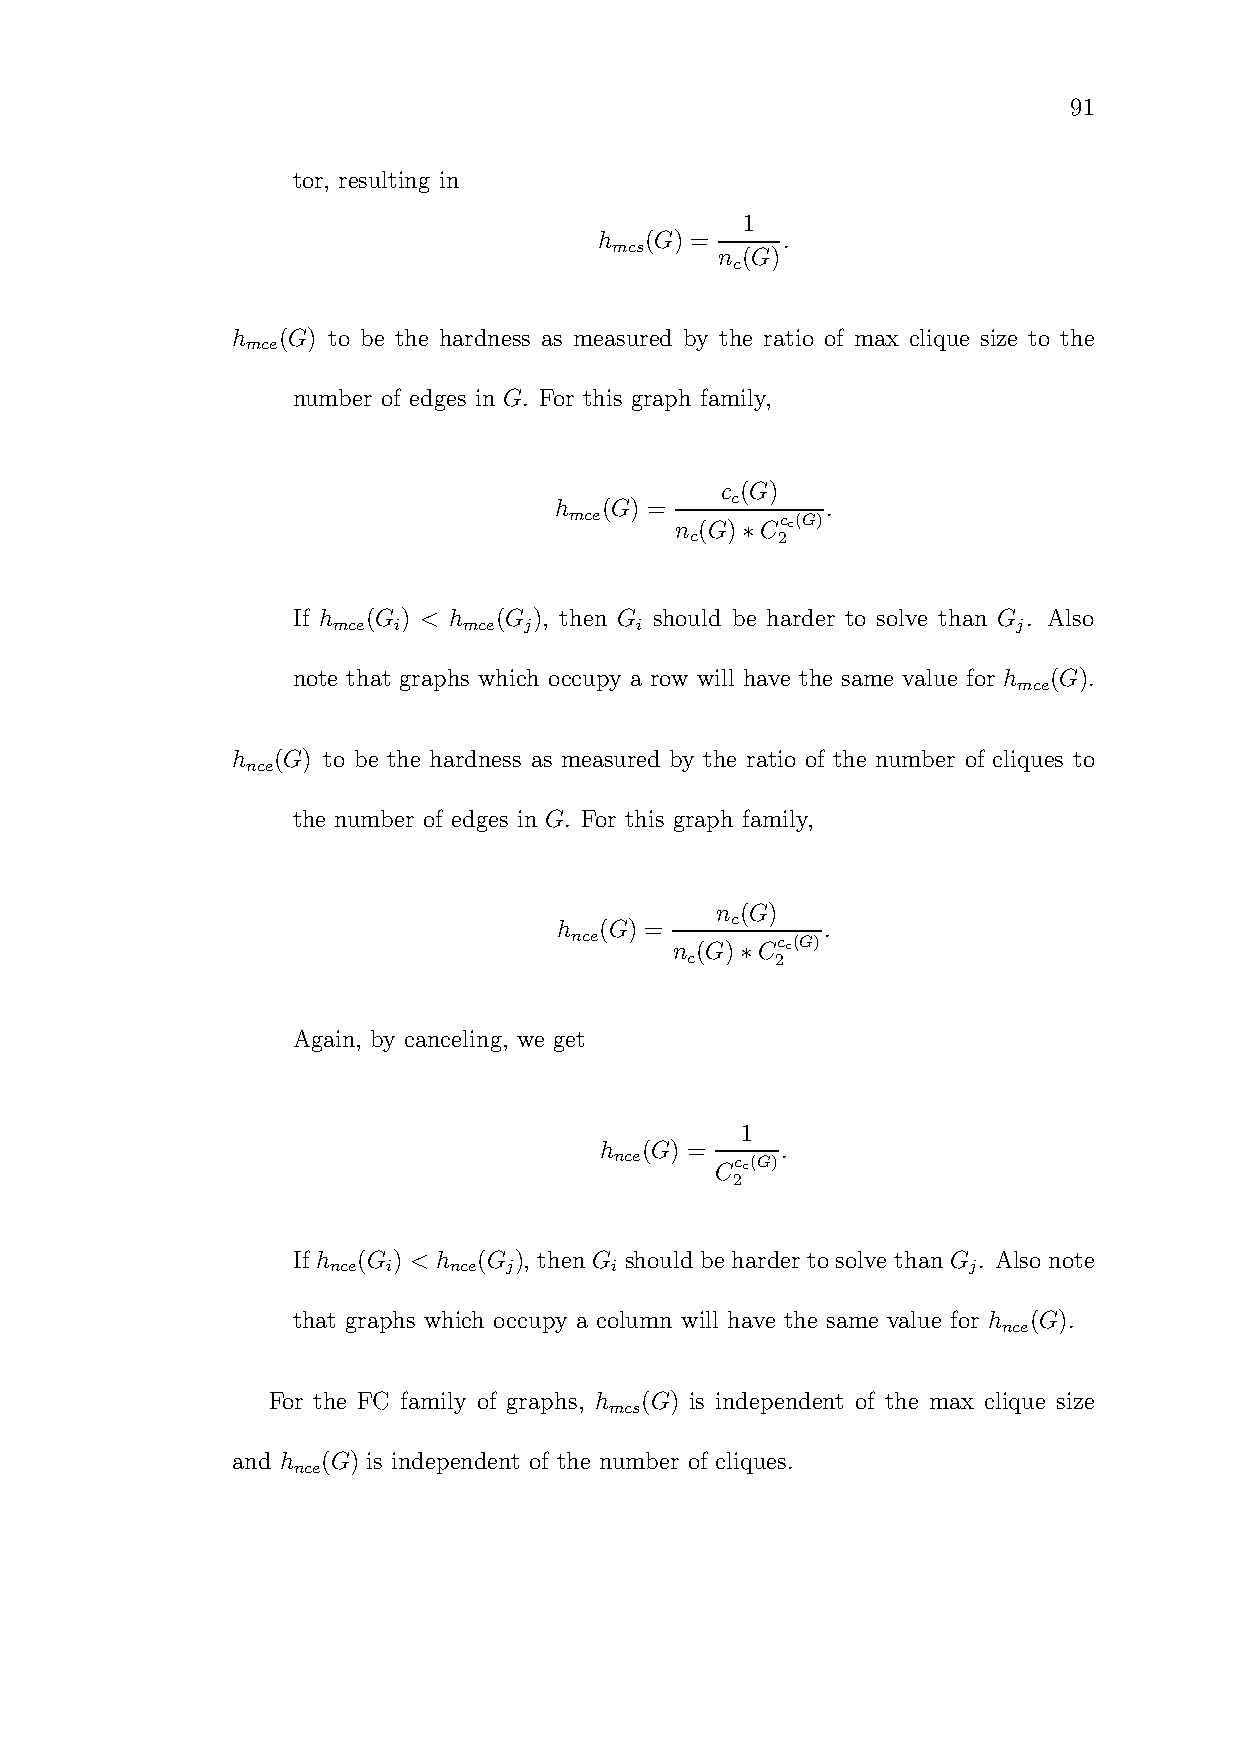
91
 tor, resulting in
 1
 h  (G) =    .
 mcs
 n (G)
 c
 h  (G) to be the hardness as measured by the ratio of max clique size to the
 mce
 number of edges in G. For this graph family,
 c (G)
 c
 h  (G) =          .
 mce    n (G)∗Ccc(G)
 c    2
 If h (G ) < h (G ), then G should be harder to solve than G . Also
 mce i    mce j      i                        j
 note that graphs which occupy a row will have the same value for h (G).
 mce
 h  (G) to be the hardness as measured by the ratio of the number of cliques to
 nce
 the number of edges in G. For this graph family,
 n (G)
 c
 h  (G) =          .
 nce    n (G)∗Ccc(G)
 c     2
 Again, by canceling, we get
 1
 h (G) =     .
 nce   Ccc(G)
 2
 If h (G ) < h (G ), then G should be harder to solve than G . Also note
 nce i   nce j     i                       j
 that graphs which occupy a column will have the same value for h (G).
 nce
 For the FC family of graphs, h (G) is independent of the max clique size
 mcs
 and h (G) is independent of the number of cliques.
 nce